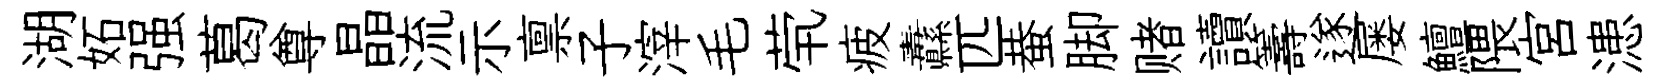
湖妬强葛尊晶流示禀子滓毛茕疲纛匹蛬脚赌讀籌遂屡鱣隈宫漶